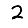
Digit: 2